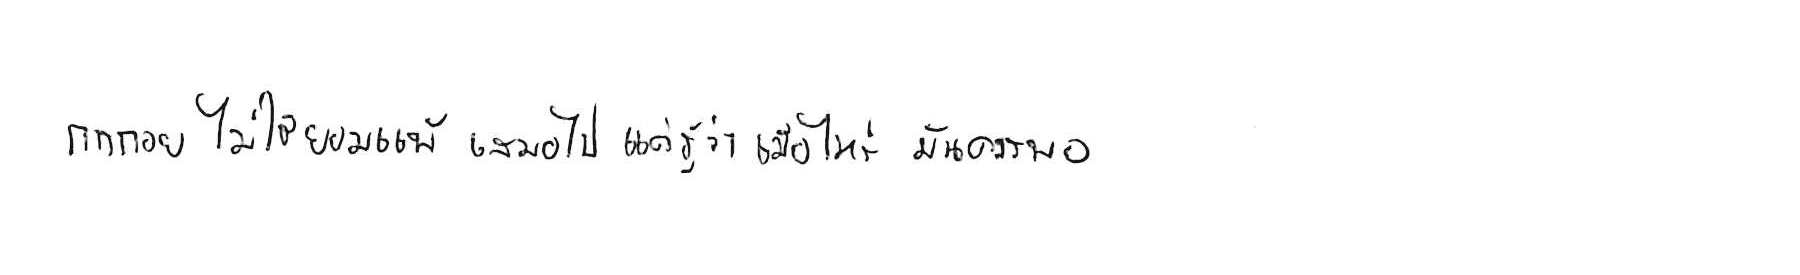
การถอย ไม่ใช่ยอมแพ้ เสมอไป แค่รู้ว่าเมื่อไหร่ มันควรพอ